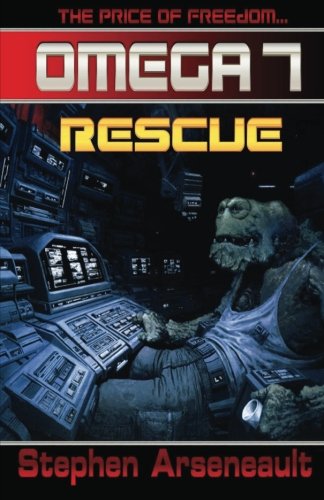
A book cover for OMEGA Rescue; Stephen Arseneault; Science Fiction & Fantasy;